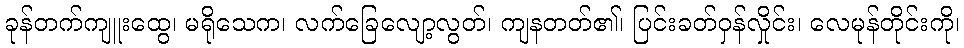
ခုန်တက်ကျူးထွေ၊ မရိုသေက၊ လက်ခြေလျော့လွတ်၊ ကျနတတ်၏၊ ပြင်းခတ်ဝှန်လှိုင်း၊ လေမုန်တိုင်းကို၊